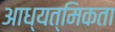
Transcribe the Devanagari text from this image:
आध्यत्मिकता